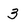
Character: 3